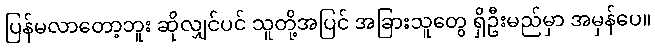
ပြန်မလာတော့ဘူး ဆိုလျှင်ပင် သူတို့အပြင် အခြားသူတွေ ရှိဦးမည်မှာ အမှန်ပေ။